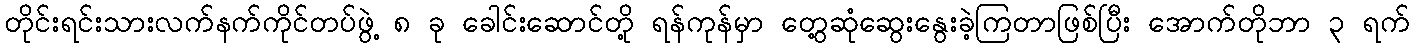
တိုင်းရင်းသားလက်နက်ကိုင်တပ်ဖွဲ့ ၈ ခု ခေါင်းဆောင်တို့ ရန်ကုန်မှာ တွေ့ဆုံဆွေးနွေးခဲ့ကြတာဖြစ်ပြီး အောက်တိုဘာ ၃ ရက်